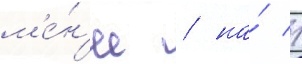
м'е́н'ее / на́ 1